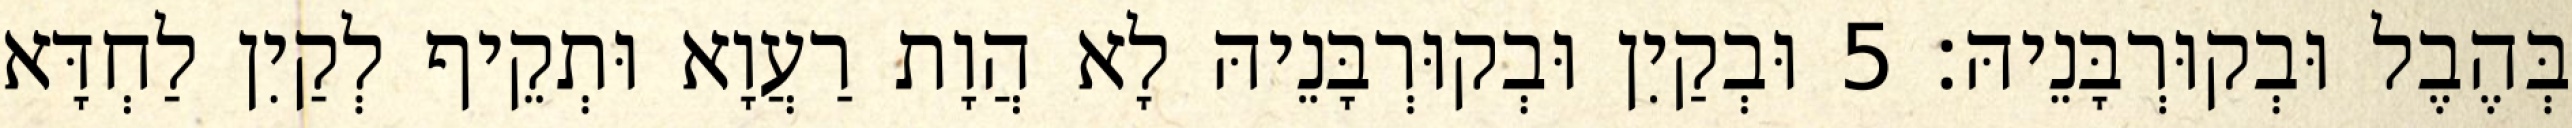
בְּהֶבֶל וּבְקוּרְבָּנֵיהּ׃ 5 וּבְקַיִן וּבְקוּרְבָּנֵיהּ לָא הֲוָת רַעֲוָא וּתְקֵיף לְקַיִן לַחְדָּא